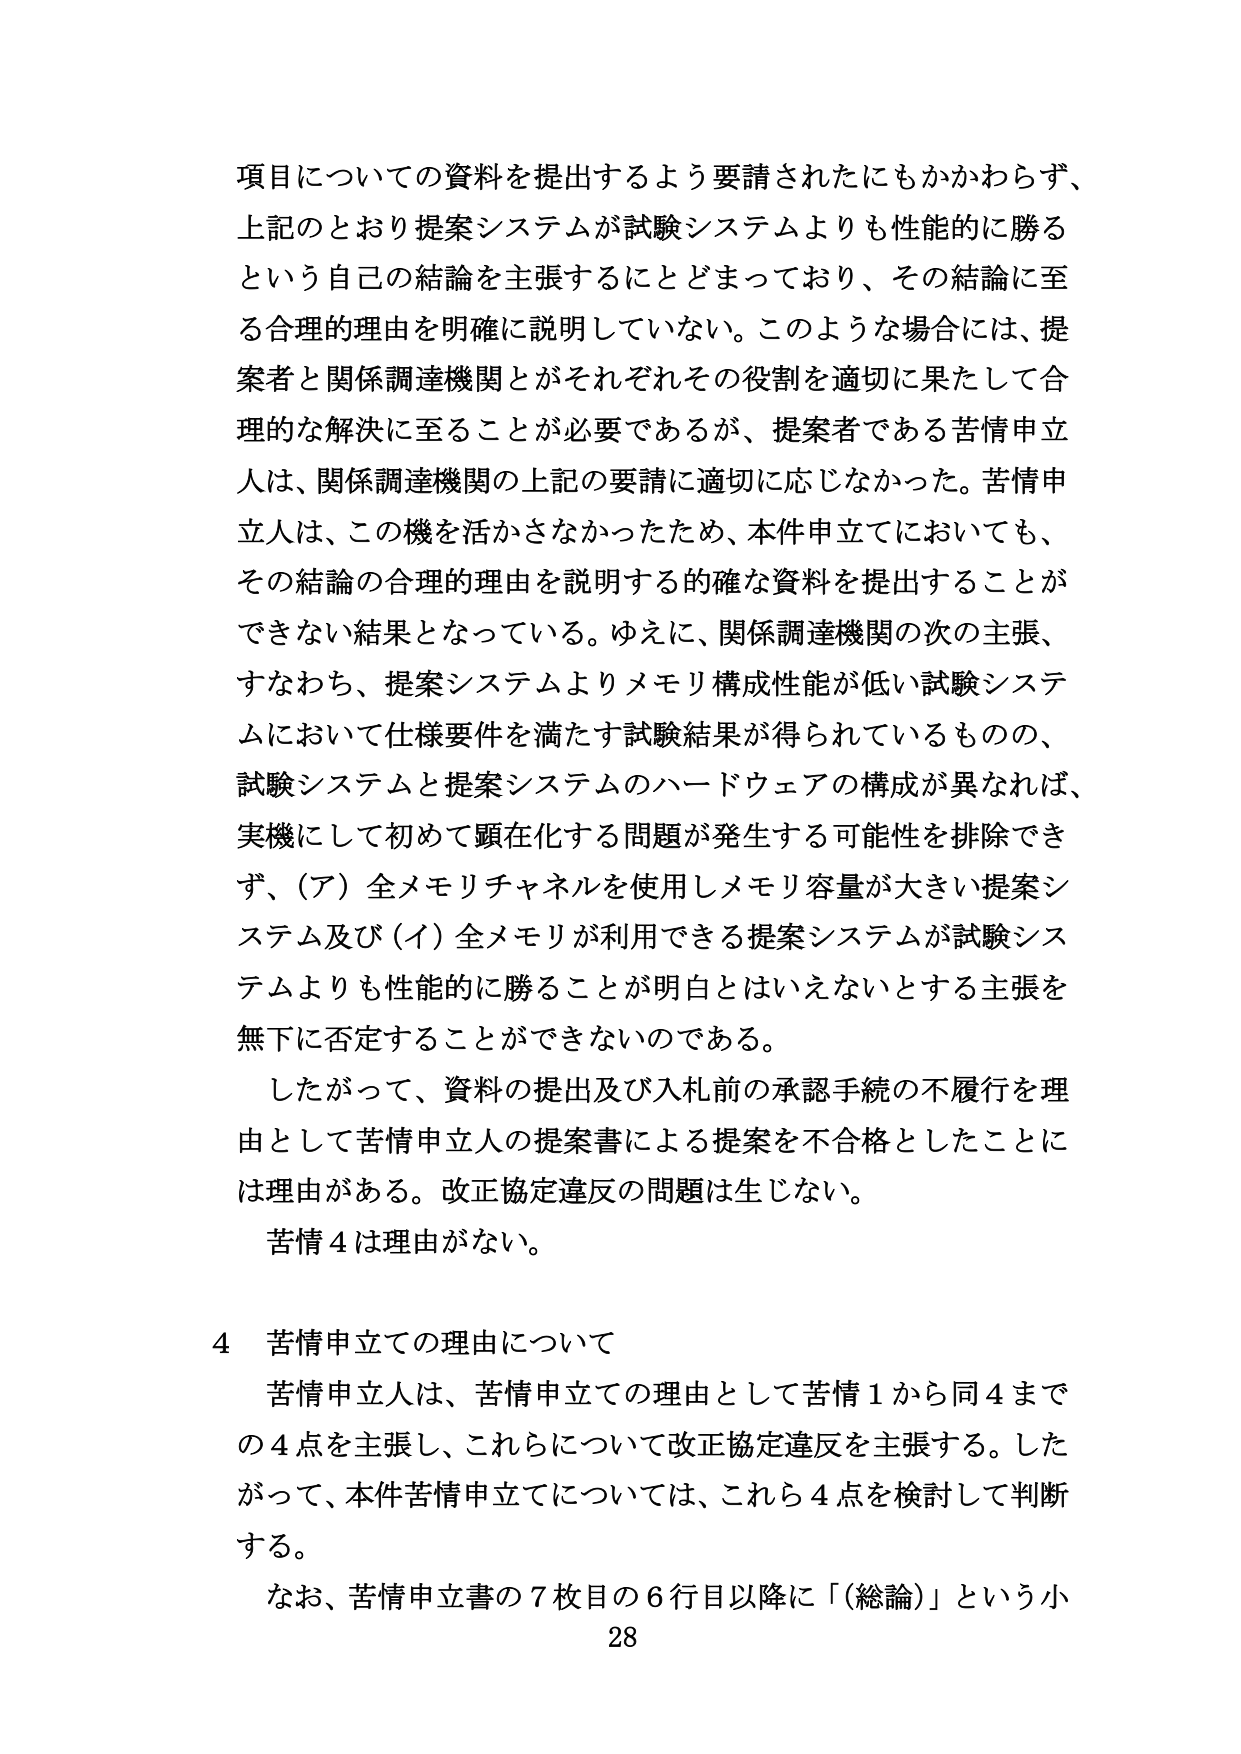
項目についての資料を提出するよう要請されたにもかかわらず、
上記のとおり提案システムが試験システムよりも性能的に勝る
という自己の結論を主張するにとどまっており、その結論に至
る合理的理由を明確に説明していない。このような場合には、提
案者と関係調達機関とがそれぞれその役割を適切に果たして合
理的な解決に至ることが必要であるが、提案者である苦情申立
人は、関係調達機関の上記の要請に適切に応じなかった。苦情申
立人は、この機を活かさなかったため、本件申立てにおいても、
その結論の合理的理由を説明する的確な資料を提出することが
できない結果となっている。ゆえに、関係調達機関の次の主張、
すなわち、提案システムよりメモリ構成性能が低い試験システ
ムにおいて仕様要件を満たす試験結果が得られているものの、
試験システムと提案システムのハードウェアの構成が異なれば、
実機にして初めて顕在化する問題が発生する可能性を排除でき
ず、（ア）全メモリチャネルを使用しメモリ容量が大きい提案シ
ステム及び（イ）全メモリが利用できる提案システムが試験シス
テムよりも性能的に勝ることが明白とはいえないとする主張を
無下に否定することができないのである。
　したがって、資料の提出及び入札前の承認手続の不履行を理
由として苦情申立人の提案書による提案を不合格としたことに
は理由がある。改正協定違反の問題は生じない。
　苦情４は理由がない。

４ 苦情申立ての理由について
　苦情申立人は、苦情申立ての理由として苦情１から同４まで
の４点を主張し、これらについて改正協定違反を主張する。した
がって、本件苦情申立てについては、これら４点を検討して判断
する。
　なお、苦情申立書の７枚目の６行目以降に「（総論）」という小
28